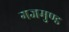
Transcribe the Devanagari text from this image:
गजमुण्ड